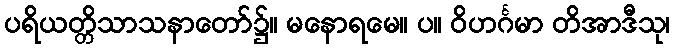
ပရိယတ္တိသာသနာတော်၌။ မနောရမေ။ ပ။ ဝိဟင်္ဂမာ တိအာဒီသု၊